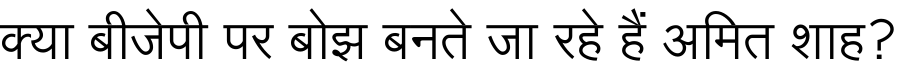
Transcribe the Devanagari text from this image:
क्या बीजेपी पर बोझ बनते जा रहे हैं अमित शाह?